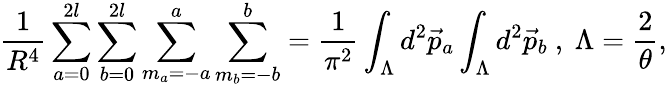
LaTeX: \frac{1}{R^{4}}\sum_{a=0}^{2l}\sum_{b=0}^{2l}\sum_{m_{a}=-a}^{a}\sum_{m_{b}=-b}^{b}=\frac{1}{{\pi}^{2}}\int_{\Lambda}d^{2}\vec{p}_{a}\int_{\Lambda}d^{2}\vec{p}_{b}~,~{\Lambda}=\frac{2}{\theta},